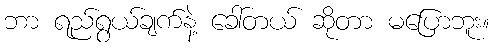
ဘာ ရည်ရွယ်ချက်နဲ့ ခေါ်တယ် ဆိုတာ မပြောဘူး။